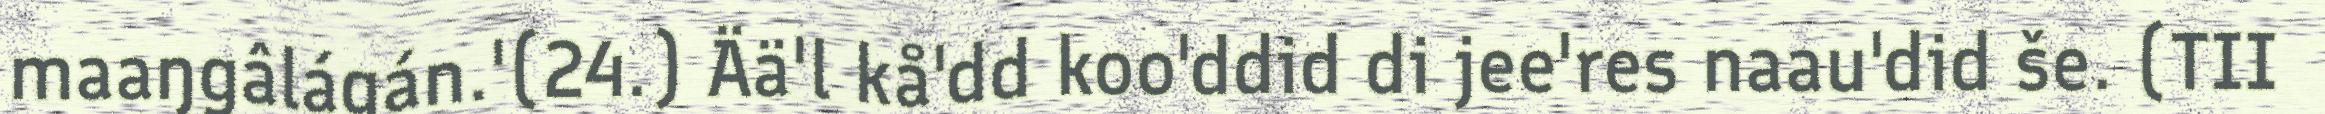
maaŋgâlágán.'(24.) Ää'l kå'dd koo'ddid di jee'res naau'did še. (TII